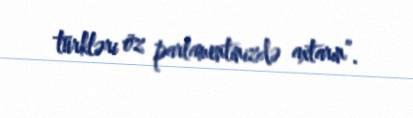
türkləri öz parlamentinizdə axtarın”.